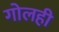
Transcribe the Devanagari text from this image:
गोलही